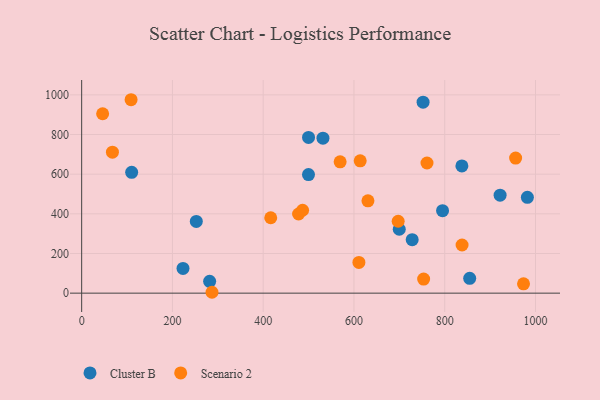
{"axis": {"x": "Speed", "y": "Salary"}, "legend": ["Cluster B", "Scenario 2"], "data": [{"x": "752.3", "y": 962.9, "type": "Cluster B"}, {"x": "252.6", "y": 361.4, "type": "Cluster B"}, {"x": "499.8", "y": 598.1, "type": "Cluster B"}, {"x": "499.9", "y": 785.1, "type": "Cluster B"}, {"x": "728.3", "y": 269.6, "type": "Cluster B"}, {"x": "837.8", "y": 641.6, "type": "Cluster B"}, {"x": "110.2", "y": 609.0, "type": "Cluster B"}, {"x": "282.0", "y": 59.7, "type": "Cluster B"}, {"x": "795.2", "y": 416.1, "type": "Cluster B"}, {"x": "531.7", "y": 781.3, "type": "Cluster B"}, {"x": "922.0", "y": 493.9, "type": "Cluster B"}, {"x": "223.3", "y": 124.8, "type": "Cluster B"}, {"x": "699.8", "y": 322.2, "type": "Cluster B"}, {"x": "982.1", "y": 483.1, "type": "Cluster B"}, {"x": "855.0", "y": 74.9, "type": "Cluster B"}, {"x": "973.6", "y": 47.1, "type": "Scenario 2"}, {"x": "753.5", "y": 71.2, "type": "Scenario 2"}, {"x": "416.6", "y": 380.1, "type": "Scenario 2"}, {"x": "630.8", "y": 465.7, "type": "Scenario 2"}, {"x": "956.2", "y": 681.3, "type": "Scenario 2"}, {"x": "67.8", "y": 711.0, "type": "Scenario 2"}, {"x": "287.2", "y": 4.4, "type": "Scenario 2"}, {"x": "697.4", "y": 362.6, "type": "Scenario 2"}, {"x": "760.9", "y": 656.3, "type": "Scenario 2"}, {"x": "46.2", "y": 904.6, "type": "Scenario 2"}, {"x": "610.9", "y": 155.0, "type": "Scenario 2"}, {"x": "478.0", "y": 399.2, "type": "Scenario 2"}, {"x": "613.7", "y": 667.0, "type": "Scenario 2"}, {"x": "486.8", "y": 418.1, "type": "Scenario 2"}, {"x": "838.2", "y": 242.8, "type": "Scenario 2"}, {"x": "108.9", "y": 975.3, "type": "Scenario 2"}, {"x": "569.5", "y": 662.1, "type": "Scenario 2"}]}